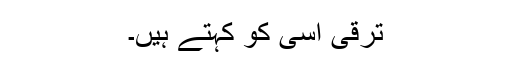
ترقی اسی کو کہتے ہیں۔